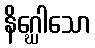
နိဂ္ဃေါသော